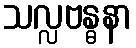
သလ္လဗန္ဓနာ